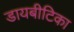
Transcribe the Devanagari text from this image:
डायबीटिका